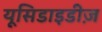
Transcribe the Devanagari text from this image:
यूसिडाइडीज़